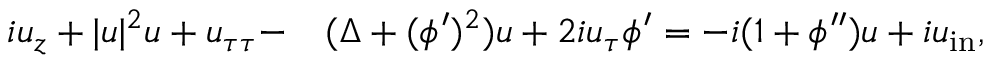
\begin{array} { r l } { i u _ { z } + | u | ^ { 2 } u + u _ { \tau \tau } - } & { { } ( \Delta + ( \phi ^ { \prime } ) ^ { 2 } ) u + 2 i u _ { \tau } \phi ^ { \prime } = - i ( 1 + \phi ^ { \prime \prime } ) u + i u _ { \mathrm { i n } } , } \end{array}